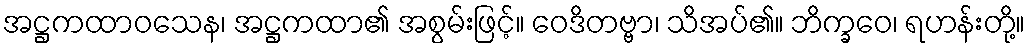
အဋ္ဌကထာဝသေန၊ အဋ္ဌကထာ၏ အစွမ်းဖြင့်။ ဝေဒိတဗ္ဗာ၊ သိအပ်၏။ ဘိက္ခဝေ၊ ရဟန်းတို့။